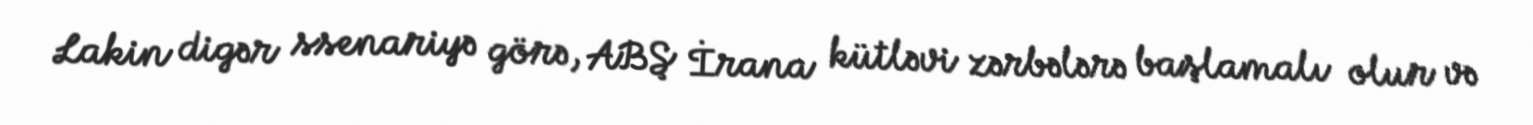
Lakin digər ssenariyə görə, ABŞ İrana kütləvi zərbələrə başlamalı olur və